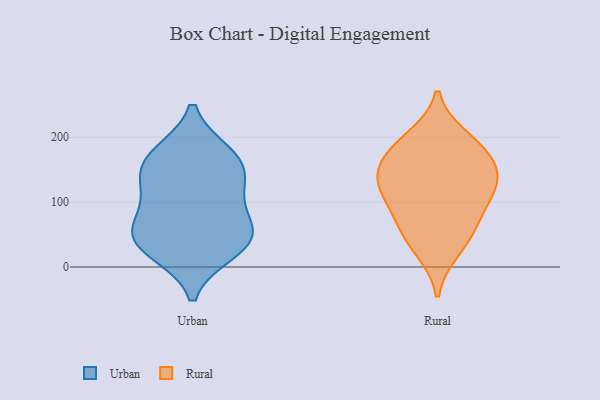
{"axis": {"x": "Tickets Resolved", "y": "Value"}, "legend": ["Rural", "Urban"], "data": [{"x": "", "y": 55, "type": "Urban"}, {"x": "", "y": 119, "type": "Urban"}, {"x": "", "y": 119, "type": "Urban"}, {"x": "", "y": 47, "type": "Urban"}, {"x": "", "y": 35, "type": "Urban"}, {"x": "", "y": 158, "type": "Urban"}, {"x": "", "y": 166, "type": "Urban"}, {"x": "", "y": 66, "type": "Urban"}, {"x": "", "y": 25, "type": "Urban"}, {"x": "", "y": 173, "type": "Urban"}, {"x": "", "y": 142, "type": "Rural"}, {"x": "", "y": 130, "type": "Rural"}, {"x": "", "y": 27, "type": "Rural"}, {"x": "", "y": 142, "type": "Rural"}, {"x": "", "y": 179, "type": "Rural"}, {"x": "", "y": 198, "type": "Rural"}, {"x": "", "y": 97, "type": "Rural"}, {"x": "", "y": 70, "type": "Rural"}, {"x": "", "y": 52, "type": "Rural"}, {"x": "", "y": 179, "type": "Rural"}, {"x": "", "y": 118, "type": "Rural"}]}